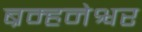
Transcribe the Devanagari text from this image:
ब्रम्हनेश्वर